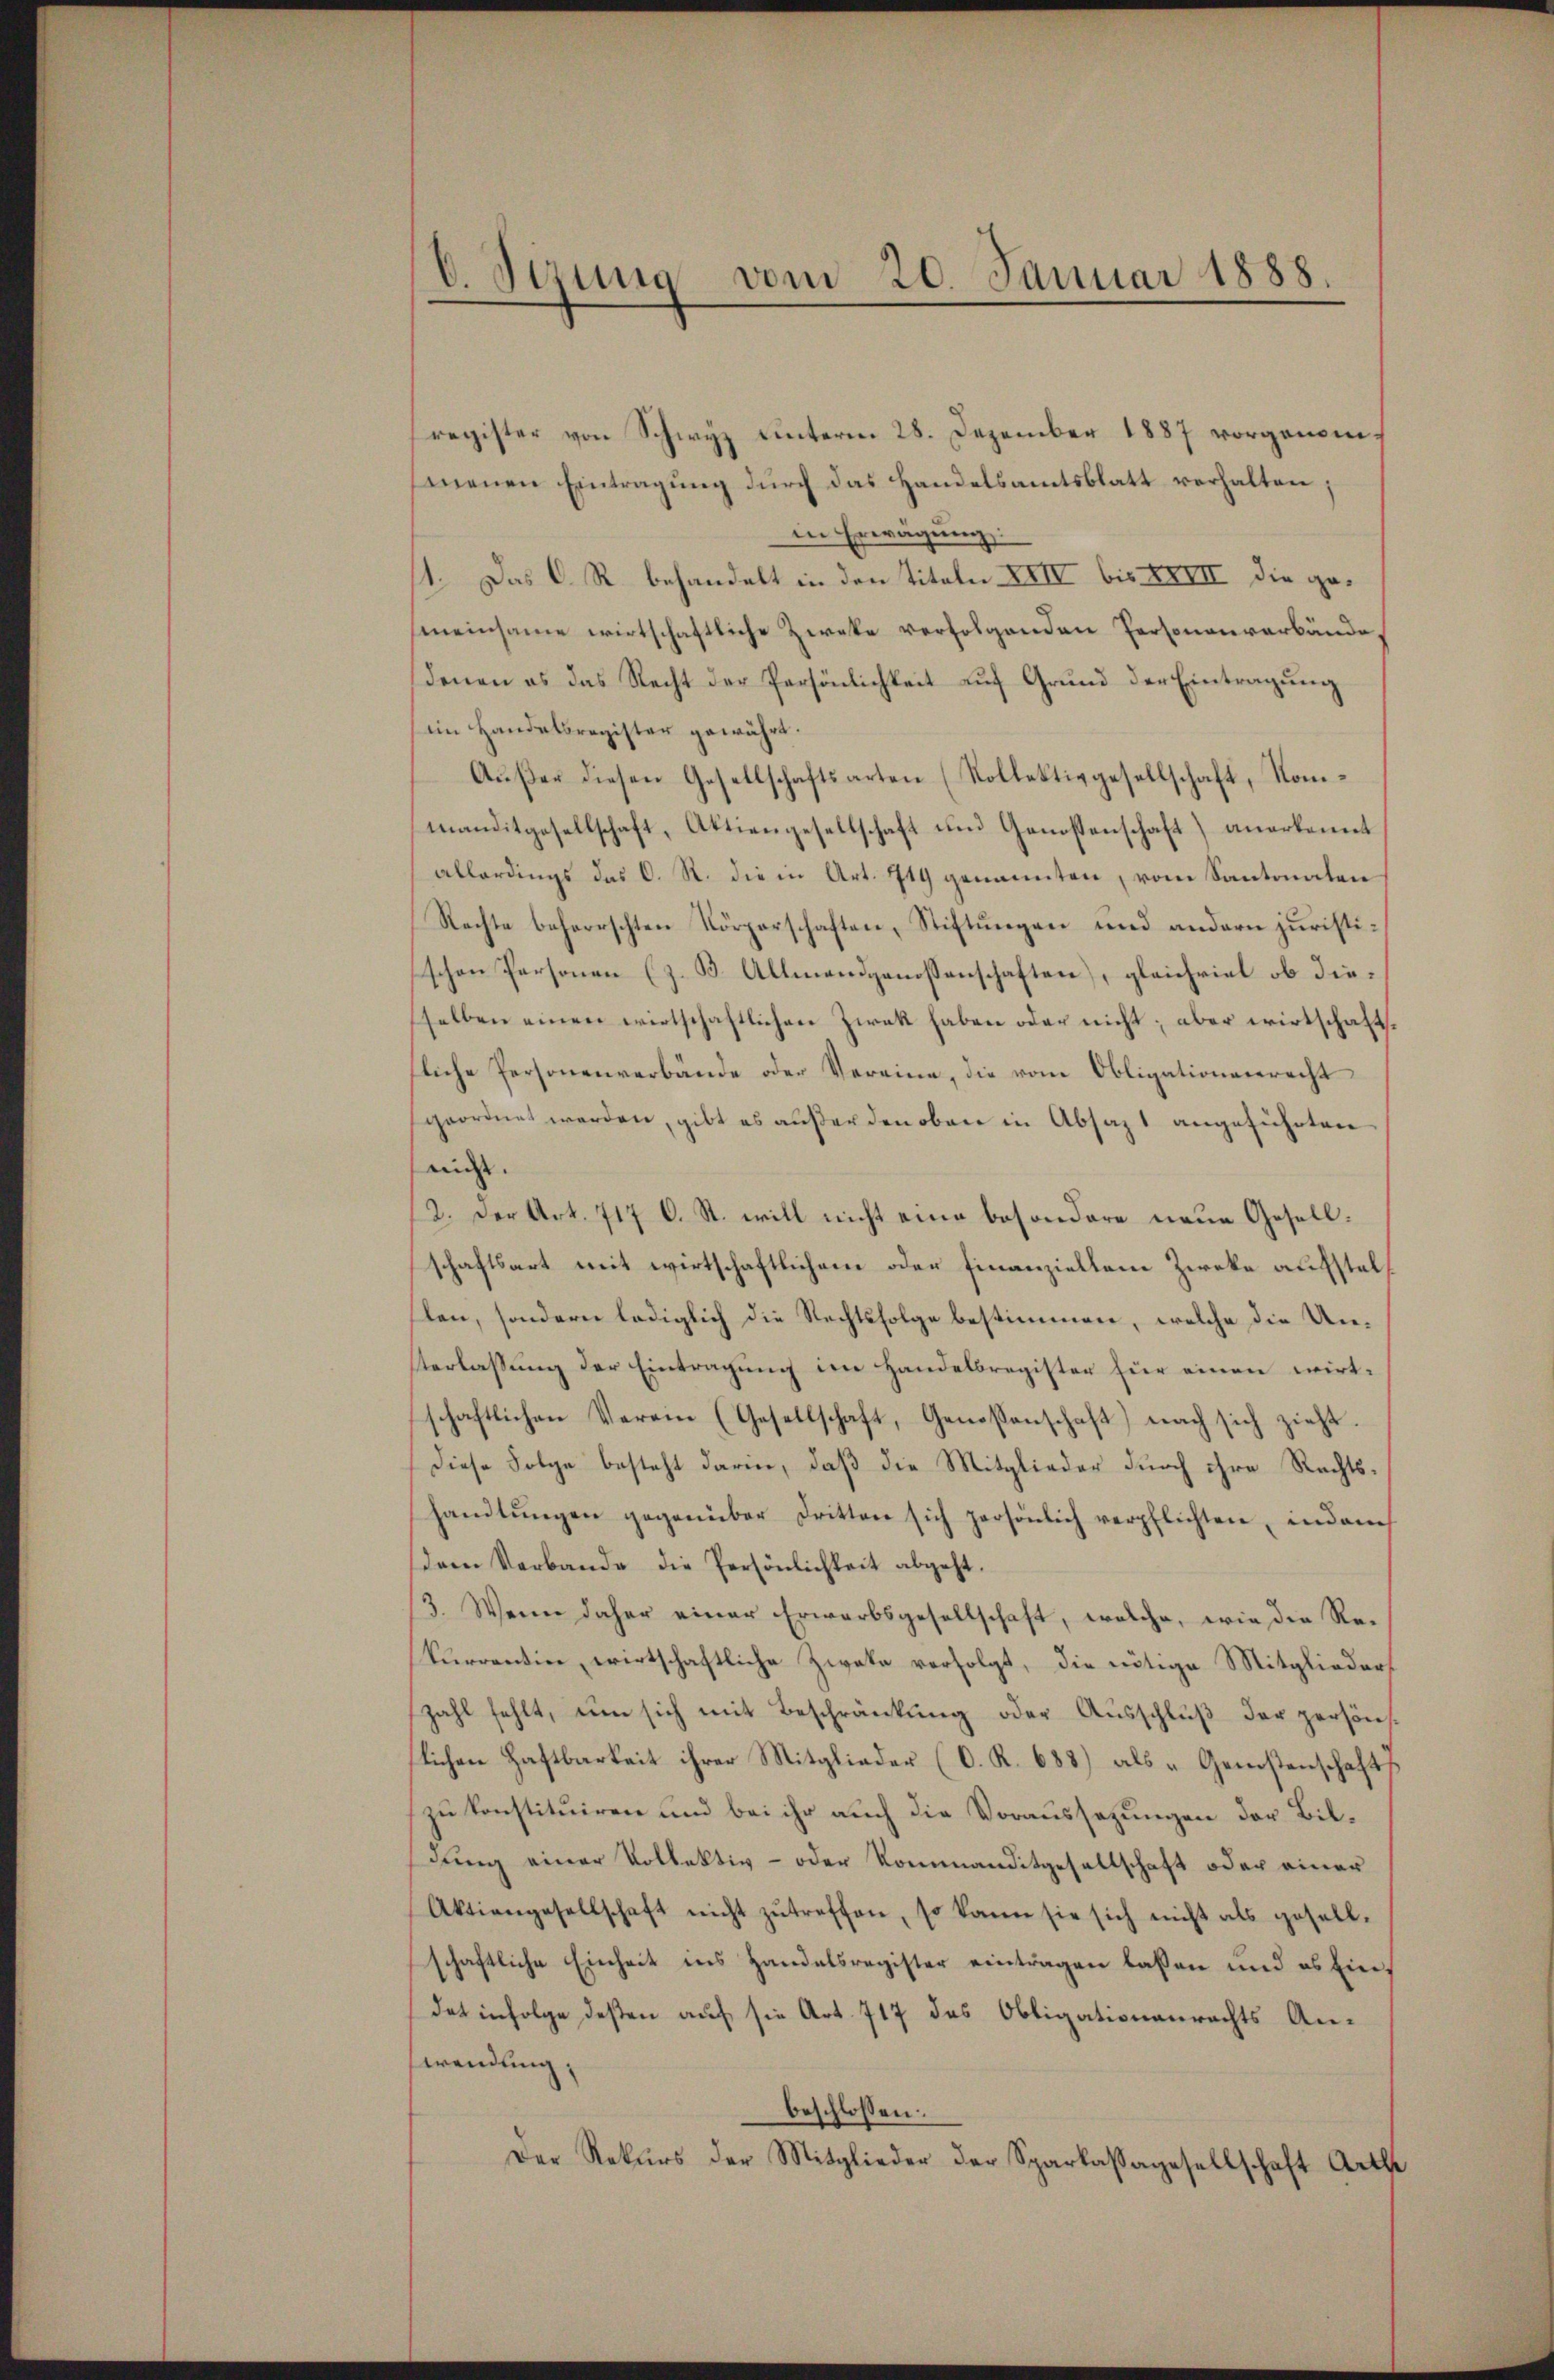
b. Jezung vom 20. Januar 1888.

register von Schwyz unterm 28. Dezember 1887 vorgenommenen Eintragung durch das Handelsamtsblatt verhalten;
in Erwägung:
1. Das C. R. behandelt in den Titeln XIII bis XXIII die gemeinsame wirtschaftliche Zwecke verfolgenden Personenverbände
denen es das Recht der Persönlichkeit auf Grund der Eintragung
im Handelsregister gewährt.
Aŭβer diesen Gesellschaftsarten (Rollektivgesellschaft, Kommanditgesellschaft, Aktiengesellschaft und Genossenschaft) anerkennt
allerdings des C. R. die in Art. 719 genannten, vom Kantonaten
Rechte beherrschten Körperschaften, Stiftungen und andern juristischen Personen (z. B. Allmendgenossenschaften), gleichviel ob dieselben einen wirtschaftlichen Zwek haben oder nicht; aber wirtschaftsfliche Personenverbände oder Vereine, die vom Obligationenrecht
geordnet werden, gibt es außerden oben in Absatz 1 angeführten
miht.
2. Der Art. 717 C. St. will nicht eine besondere neue Gesellschaftsart mit wirtschaftlichem oder Finanziellem Zweke aufstellen, sondern lediglich die Rechtsfolge bestimmen, welche die Unsterlassung der Eintragung im Handelsregister für einen wirtschaftlichen Verein (Gesellschaft, Genossenschaft) nach sich zieht.
Diese Folge besteht darin, daß die Mitglieder durch ihre Rechtshandlŭngen gegenüber dritten sich persönlich verpflichten, indem
dem Verbande die Persönlichkeit abgeht.
3. Wenn daher einer Erwarbsgesellschaft, welche, wie die Rekurrentier, wirtschaftliche Zweke verfolgt, die nötige Mitglieders
zahl fehlt, um sich mit Beschränkung oder Ausschluß der persönlichen Haftbarkeit ihrer Mitglieder (O. R. 688) als „Genstenschaft
zu konstituiren und bei ihr auch die Voraussezungen der Bildung einer Vollektiv- oder Kommanditgesellschaft oder einer
Aktiengesellschaft nicht zŭ treffen, so kann sie sich nicht als gesell-
schaftliche Einheit ins Handelsregister eintragen lassen und es Eindat infolge deßen auf sie Art. 717 das Obligationenrechts Anwendung;
beschlossen:
Der Rekŭrs der Mitglieder der Sparkassagesellschaft Arth